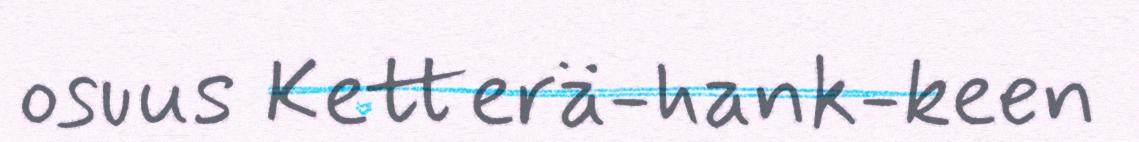
osuus Ketterä-hank-keen